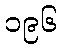
၁၉၆